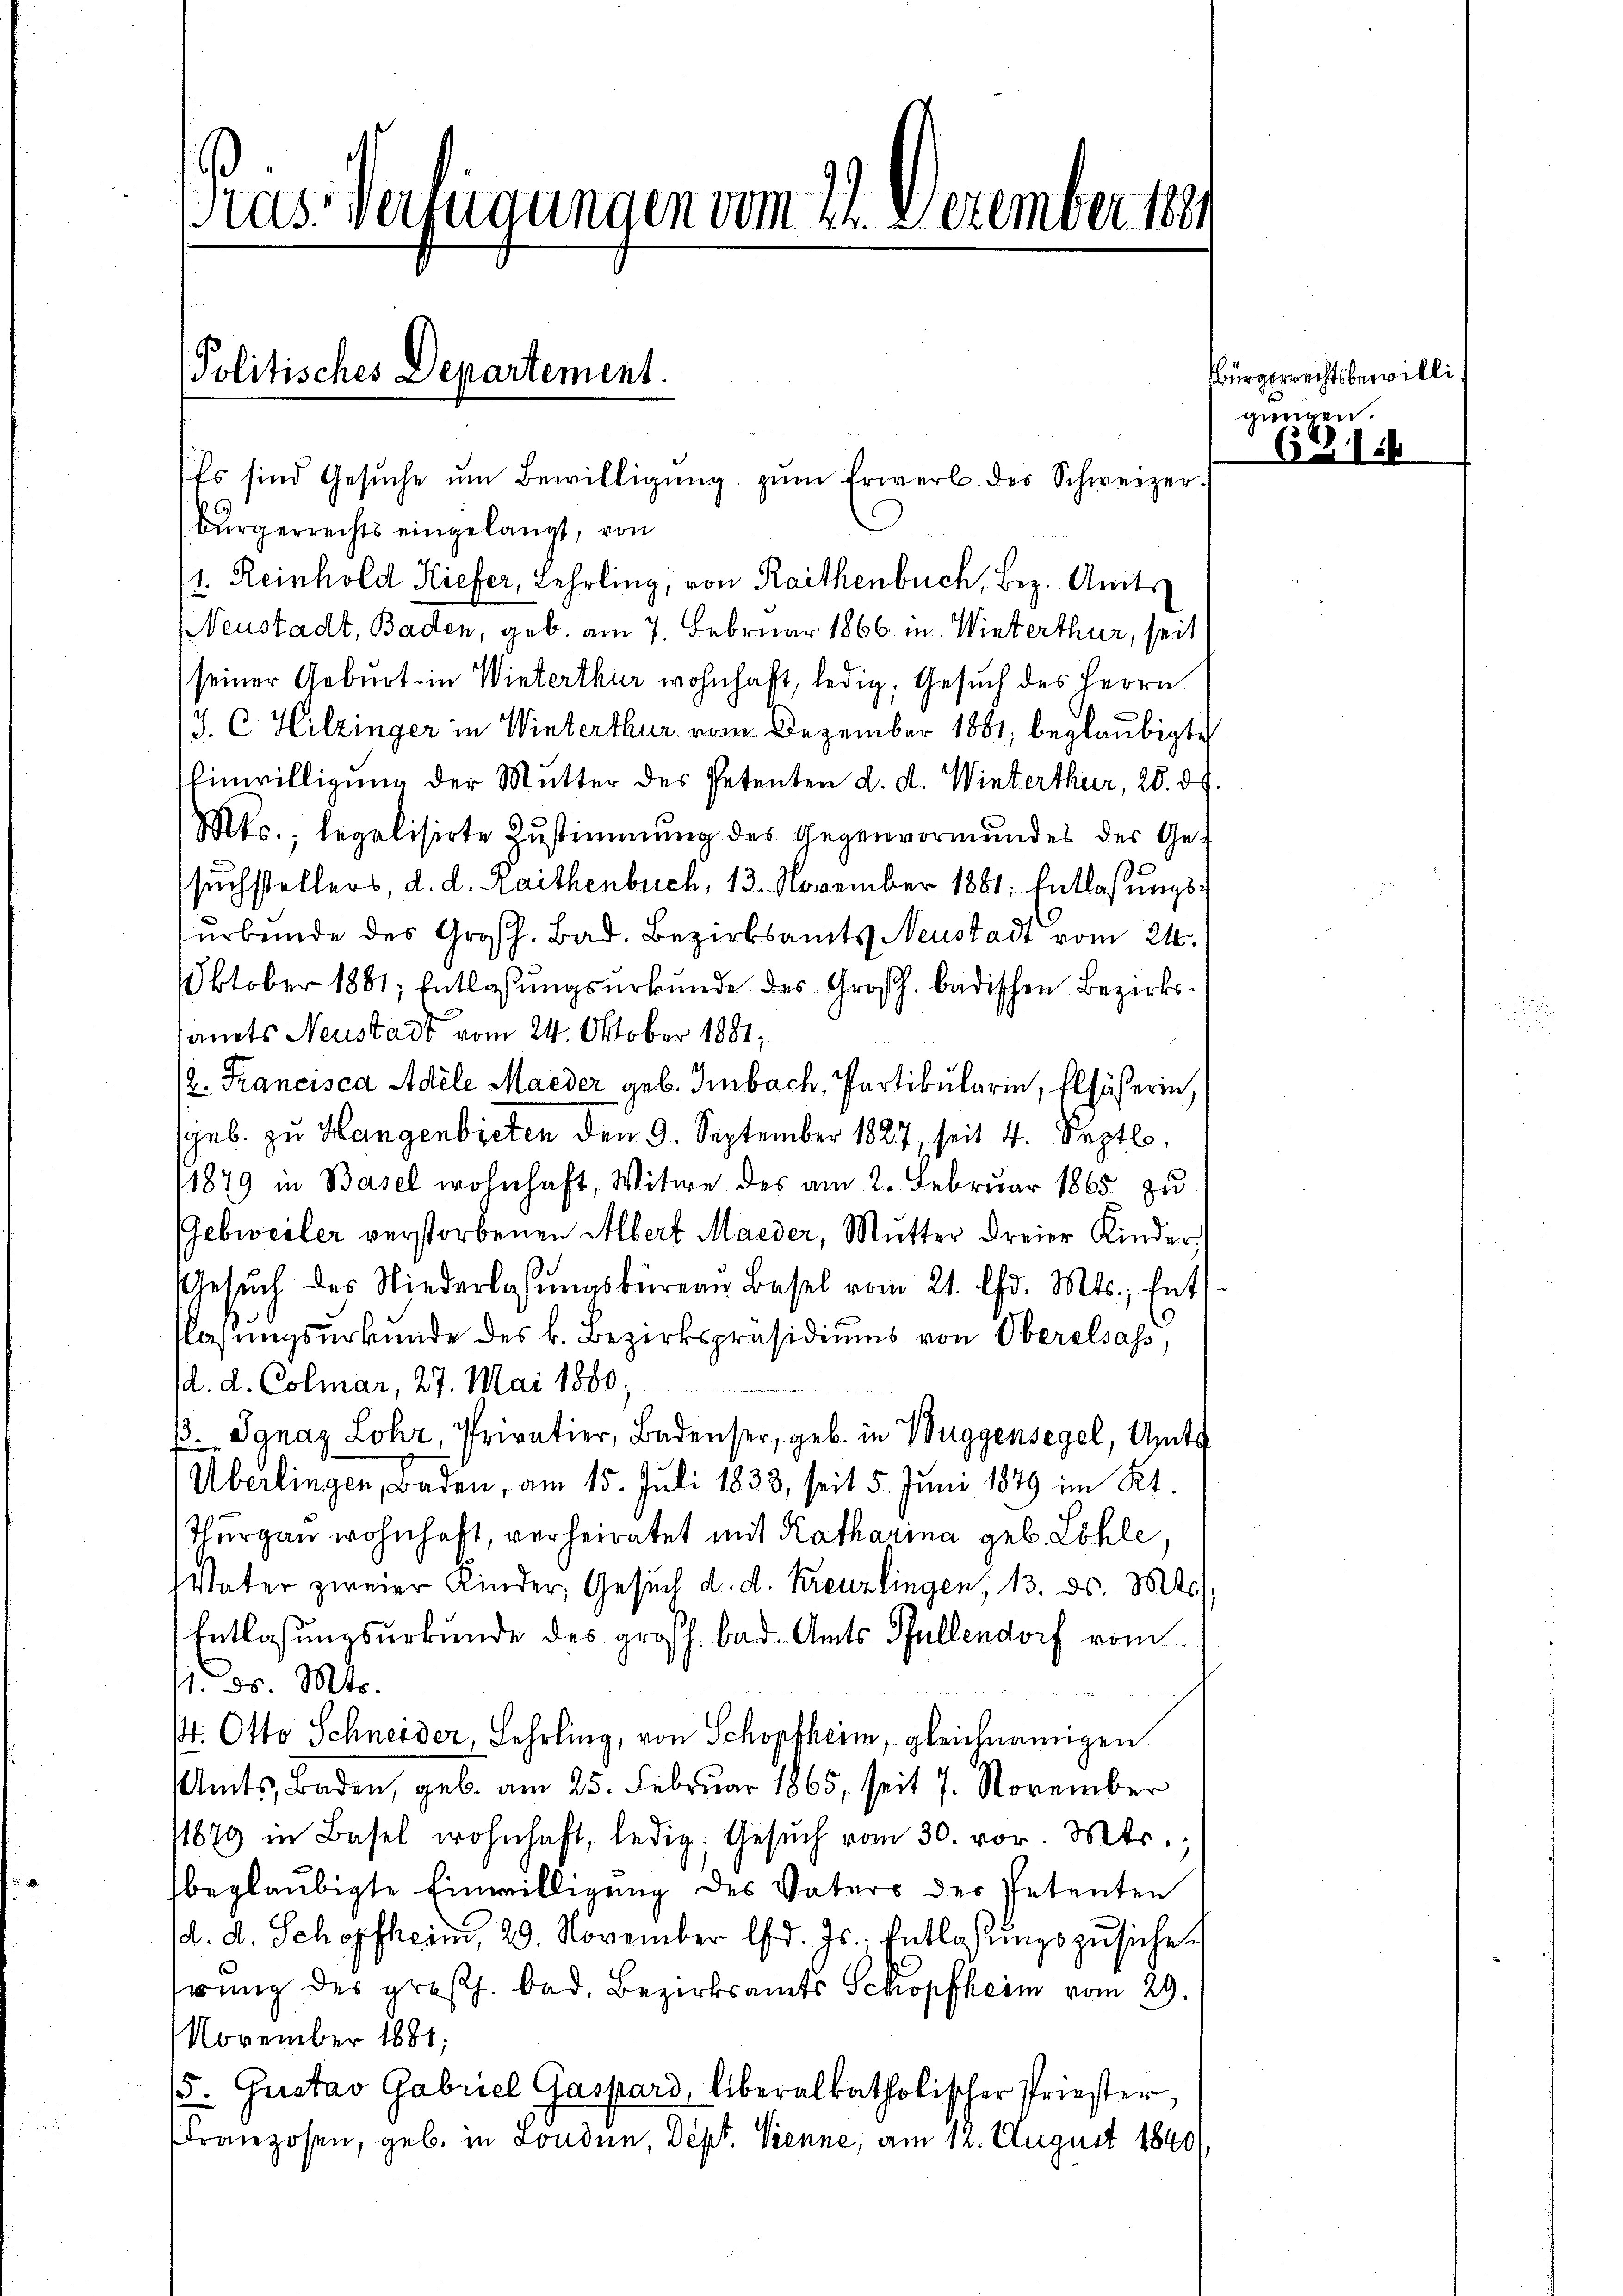
Pries Verfügungen vom 22. Dezember 189

Es sind Gesŭche ŭm Bewilligŭng zŭm Erwerb des Schweizer.

Politisches Departement.

Bürgerrechts eingelangt, von
1. Reinhold Kiefer, Lehrling, von Rathenbuch, Bez. Amts
NNeustadt, Baden, geb. am 7. Februar 1866 in Winterthur, seit
seiner Geburt in Winterthur wohnhaft, ledig, Gesuch des Herrn
J. C. Hilzinger in Winterthur vom Dezember 1881, beglaubigte
Einwilligung der Mutter des Petenten d. d. Winterthur, 28. ds.
Mts., legalisirte Zustimmung des Gegenvormundes des Gesuchstellers, d. d. Raithenbuch, 13. November 1881. Entlaßungsurbunde des Großh. Bad. Bezirksamts Neustadt vom 24.
Oktober 1881; Entlassungsurkunde des Großh. badischen Bezirkssamts Neustadt vom 24. Oktober 1881,
/2. Francisca Adele Maeder geb. Imbach, Partikulari, Elsässerin,
geb. zu Hangenbieten den 9. September 1827, seit 4. Septb.
1879 in Basel wohnhaft, Witwe des am 2. Februar 1865 zu
Gebweiler verstorbenen Albert Maeder, Mutter dreier Kinder,
Gesŭch des Niederlassŭngsbüreau Basel vom 21. Chr. Mts. Ent
flasungsurkunde des k. Bezirkspräsidiŭms von Oberelsass,
d. d. Colmar, 27. Mai 1880,
ß. Ignaz Lohr, Privatier, Badenser, geb. in Buggensegel, Amts
Überlingen, Baden, am 15. Juli 1833, seit 5. Juni 1849 im Kt.
Thurgau wohnhaft, verheiratet mit Katharina geb. Löhle,
Vater zweier Kinder, Gesuch d. d. Kreuzlingen, 13. ds. Mts.,
Entlassungsurkunde des großh. bad. Amts Pfullendorf vom
11. d. Mts.
. Otto Schneider, Lehrling, von Schopfheim, gleichnamigen
Amts, Baden, geb. am 25. Februar 1865, seit 7. November
11879 in Basel wohnhaft, ledig, Gesŭch vom 30. vor. Mts.
beglaubigte Einwilligung des Vaters der Petenten
d. d. Schopfheim, 29. November d. Js., Entlassŭngszusiche
erung des großh. bad. Bezirksamts Schopfheim vom 29.
November 1881;
5. Gustav Gabriel Gaspard, liberalkatholischer Priester
Franzosen, geb. in Londen, Dept. Trenne, am 12. August 1840,

Bürgerrechtsbewilligungen.

6216